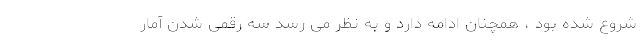
شروع شده بود ، همچنان ادامه دارد و به نظر می رسد سه رقمی شدن آمار